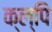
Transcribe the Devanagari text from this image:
क्ल्पि